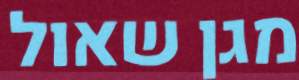
מגן שאול